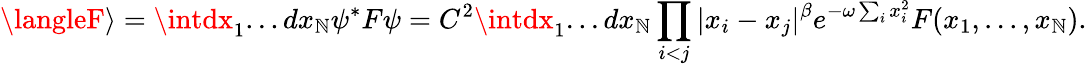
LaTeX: \langleF\rangle=\intdx_{1}...dx_{\mathbb{N}}\psi^{*}F\psi=C^{2}\intdx_{1}...dx_{\mathbb{N}}\prod_{i<j}|x_{i}-x_{j}|^{\beta}e^{-\omega\sum_{i}x_{i}^{2}}F(x_{1},...,x_{\mathbb{N}}).